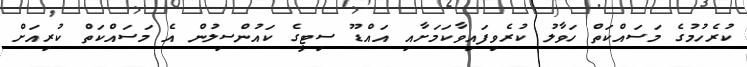
ކުރެހުމުގެ މަސައްކަތް ހަވާލު ކުރެވިފައިވާކަމަށާއި އައްޑޫ ސިޓީގެ ކައުންސިލުން އެ މަސައްކަތް ކުރިއަށް